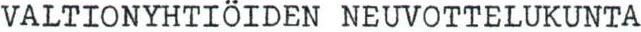
VALTIONYHTIÖIDEN NEUVOTTELUKUNTA